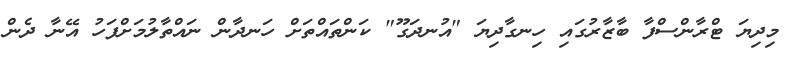
މިދިޔަ ޓްރާންސްފާ ބާޒާރުގައި ހިނގާދިޔަ "އުނދަގޫ" ކަންތައްތަށް ހަނދާން ނައްތާލުމަށްފަހު އޭނާ ދެން